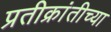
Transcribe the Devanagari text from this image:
प्रतीक्रांतीच्या